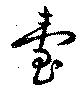
臺